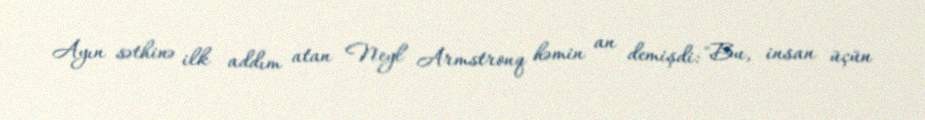
Ayın səthinə ilk addım atan Neyl Armstronq həmin an demişdi: "Bu, insan üçün